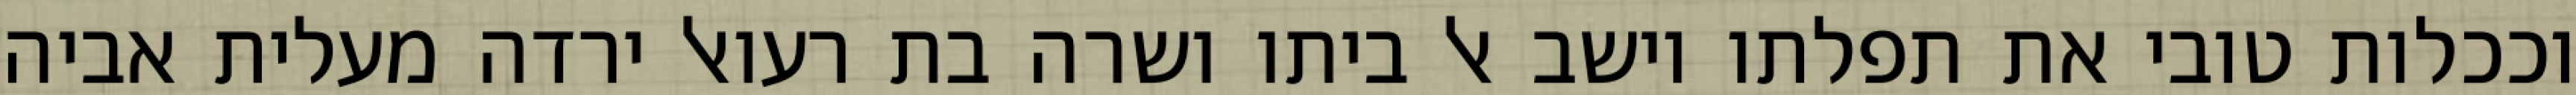
וככלות טובי את תפלתו וישב אל ביתו ושרה בת רעואל ירדה מעלית אביה